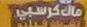
ماكدنالدز